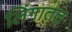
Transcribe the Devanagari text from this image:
लिंगातत